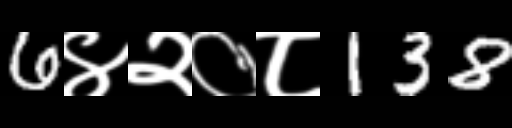
Text: 6४२०८138